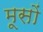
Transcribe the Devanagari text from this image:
मूसों